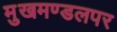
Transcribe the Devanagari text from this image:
मुखमण्डलपर